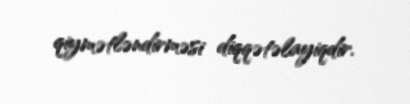
qiymətləndirməsi diqqətəlayiqdir.